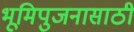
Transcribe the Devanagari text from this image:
भूमिपुजनासाठी